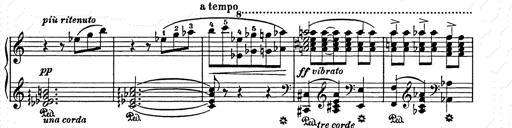
Title: Elegy No.1
Composer: Franz Liszt
Key: A-flat major